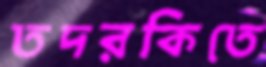
তদরকিতে